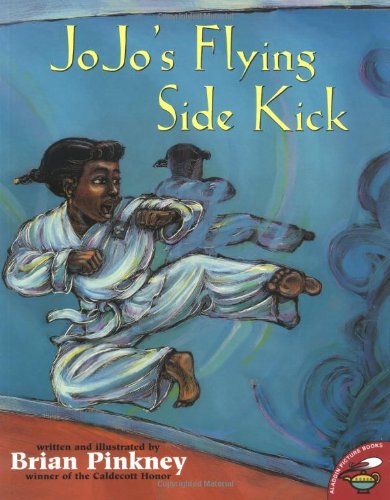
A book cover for JoJo's Flying Sidekick; Brian Pinkney; Children's Books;